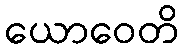
ယောဝေတိ